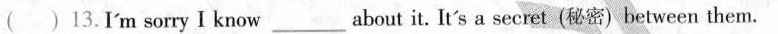
( )13.I'm sorry I know ___ about it. It's a secret (秘密)between them.